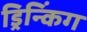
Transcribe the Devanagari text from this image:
ड्रिन्किंग